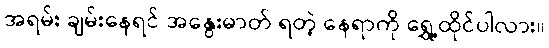
အရမ်း ချမ်းနေရင် အနွေးဓာတ် ရတဲ့ နေရာကို ရွှေ့ထိုင်ပါလား။